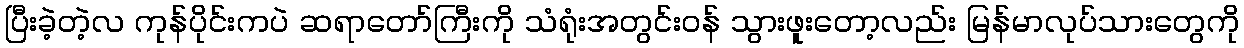
ပြီးခဲ့တဲ့လ ကုန်ပိုင်းကပဲ ဆရာတော်ကြီးကို သံရုံးအတွင်းဝန် သွားဖူးတော့လည်း မြန်မာလုပ်သားတွေကို